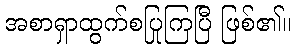
အစာရှာထွက်စပြုကြပြီ ဖြစ်၏။